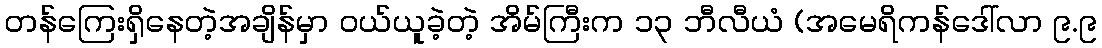
တန်ကြေးရှိနေတဲ့အချိန်မှာ ဝယ်ယူခဲ့တဲ့ အိမ်ကြီးက ၁၃ ဘီလီယံ (အမေရိကန်ဒေါ်လာ ၉.၉